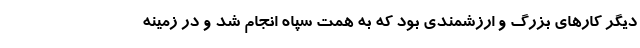
دیگر کارهای بزرگ و ارزشمندی بود که به همت سپاه انجام شد و در زمینه